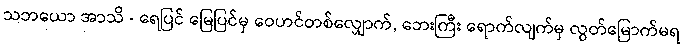
သဘယော အာသိ - ရေပြင် မြေပြင်မှ ဝေဟင်တစ်လျှောက်, ဘေးကြီး ရောက်လျက်မှ လွတ်မြောက်မရ